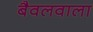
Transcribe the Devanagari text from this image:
बैवलवाला